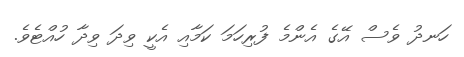
ހަނދު ވެސް އޭގެ އެންމެ ފުރިހަމަ ކަމާއި އެކީ ވިދަ ވިދާ ހުއްޓެވެ.